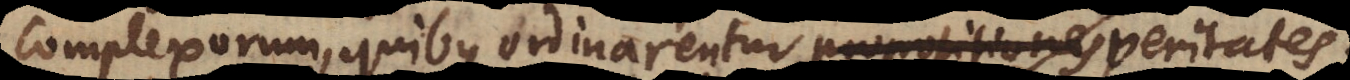
complexorum, quibus ordinarentur propositiones, ignorabam